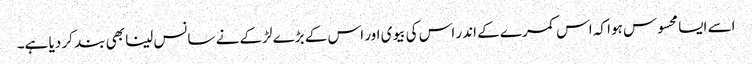
اسے ایسا محسوس ہوا کہ اس کمرے کے اندر اس کی بیوی اور اس کے بڑے لڑکے نے سانس لینا بھی بند کر دیا ہے۔